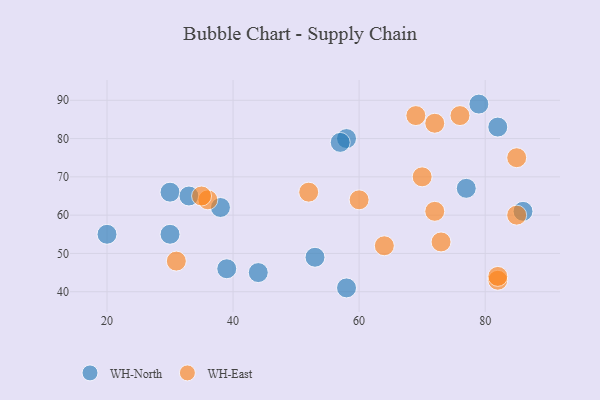
{"axis": {"x": "GDP", "y": "Life Expectancy"}, "legend": ["WH-East", "WH-North"], "data": [{"x": "77", "y": 67, "type": "WH-North"}, {"x": "20", "y": 55, "type": "WH-North"}, {"x": "82", "y": 83, "type": "WH-North"}, {"x": "58", "y": 80, "type": "WH-North"}, {"x": "38", "y": 62, "type": "WH-North"}, {"x": "30", "y": 66, "type": "WH-North"}, {"x": "79", "y": 89, "type": "WH-North"}, {"x": "86", "y": 61, "type": "WH-North"}, {"x": "58", "y": 41, "type": "WH-North"}, {"x": "44", "y": 45, "type": "WH-North"}, {"x": "53", "y": 49, "type": "WH-North"}, {"x": "39", "y": 46, "type": "WH-North"}, {"x": "33", "y": 65, "type": "WH-North"}, {"x": "30", "y": 55, "type": "WH-North"}, {"x": "57", "y": 79, "type": "WH-North"}, {"x": "36", "y": 64, "type": "WH-East"}, {"x": "31", "y": 48, "type": "WH-East"}, {"x": "70", "y": 70, "type": "WH-East"}, {"x": "76", "y": 86, "type": "WH-East"}, {"x": "52", "y": 66, "type": "WH-East"}, {"x": "73", "y": 53, "type": "WH-East"}, {"x": "85", "y": 75, "type": "WH-East"}, {"x": "60", "y": 64, "type": "WH-East"}, {"x": "85", "y": 60, "type": "WH-East"}, {"x": "64", "y": 52, "type": "WH-East"}, {"x": "72", "y": 84, "type": "WH-East"}, {"x": "82", "y": 43, "type": "WH-East"}, {"x": "35", "y": 65, "type": "WH-East"}, {"x": "82", "y": 44, "type": "WH-East"}, {"x": "69", "y": 86, "type": "WH-East"}, {"x": "72", "y": 61, "type": "WH-East"}]}